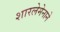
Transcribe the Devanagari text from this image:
शारलेमेनाने